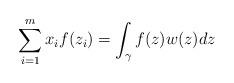
LaTeX: \begin{align*} \sum_{i=1}^{m} x_i f(z_i)=\int_{\gamma} f(z) w(z)dz\end{align*}